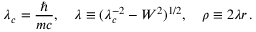
\lambda _ { c } = \frac { \hbar } { m c } , \quad \lambda \equiv ( \lambda _ { c } ^ { - 2 } - W ^ { 2 } ) ^ { 1 / 2 } , \quad \rho \equiv 2 \lambda r \, { . }